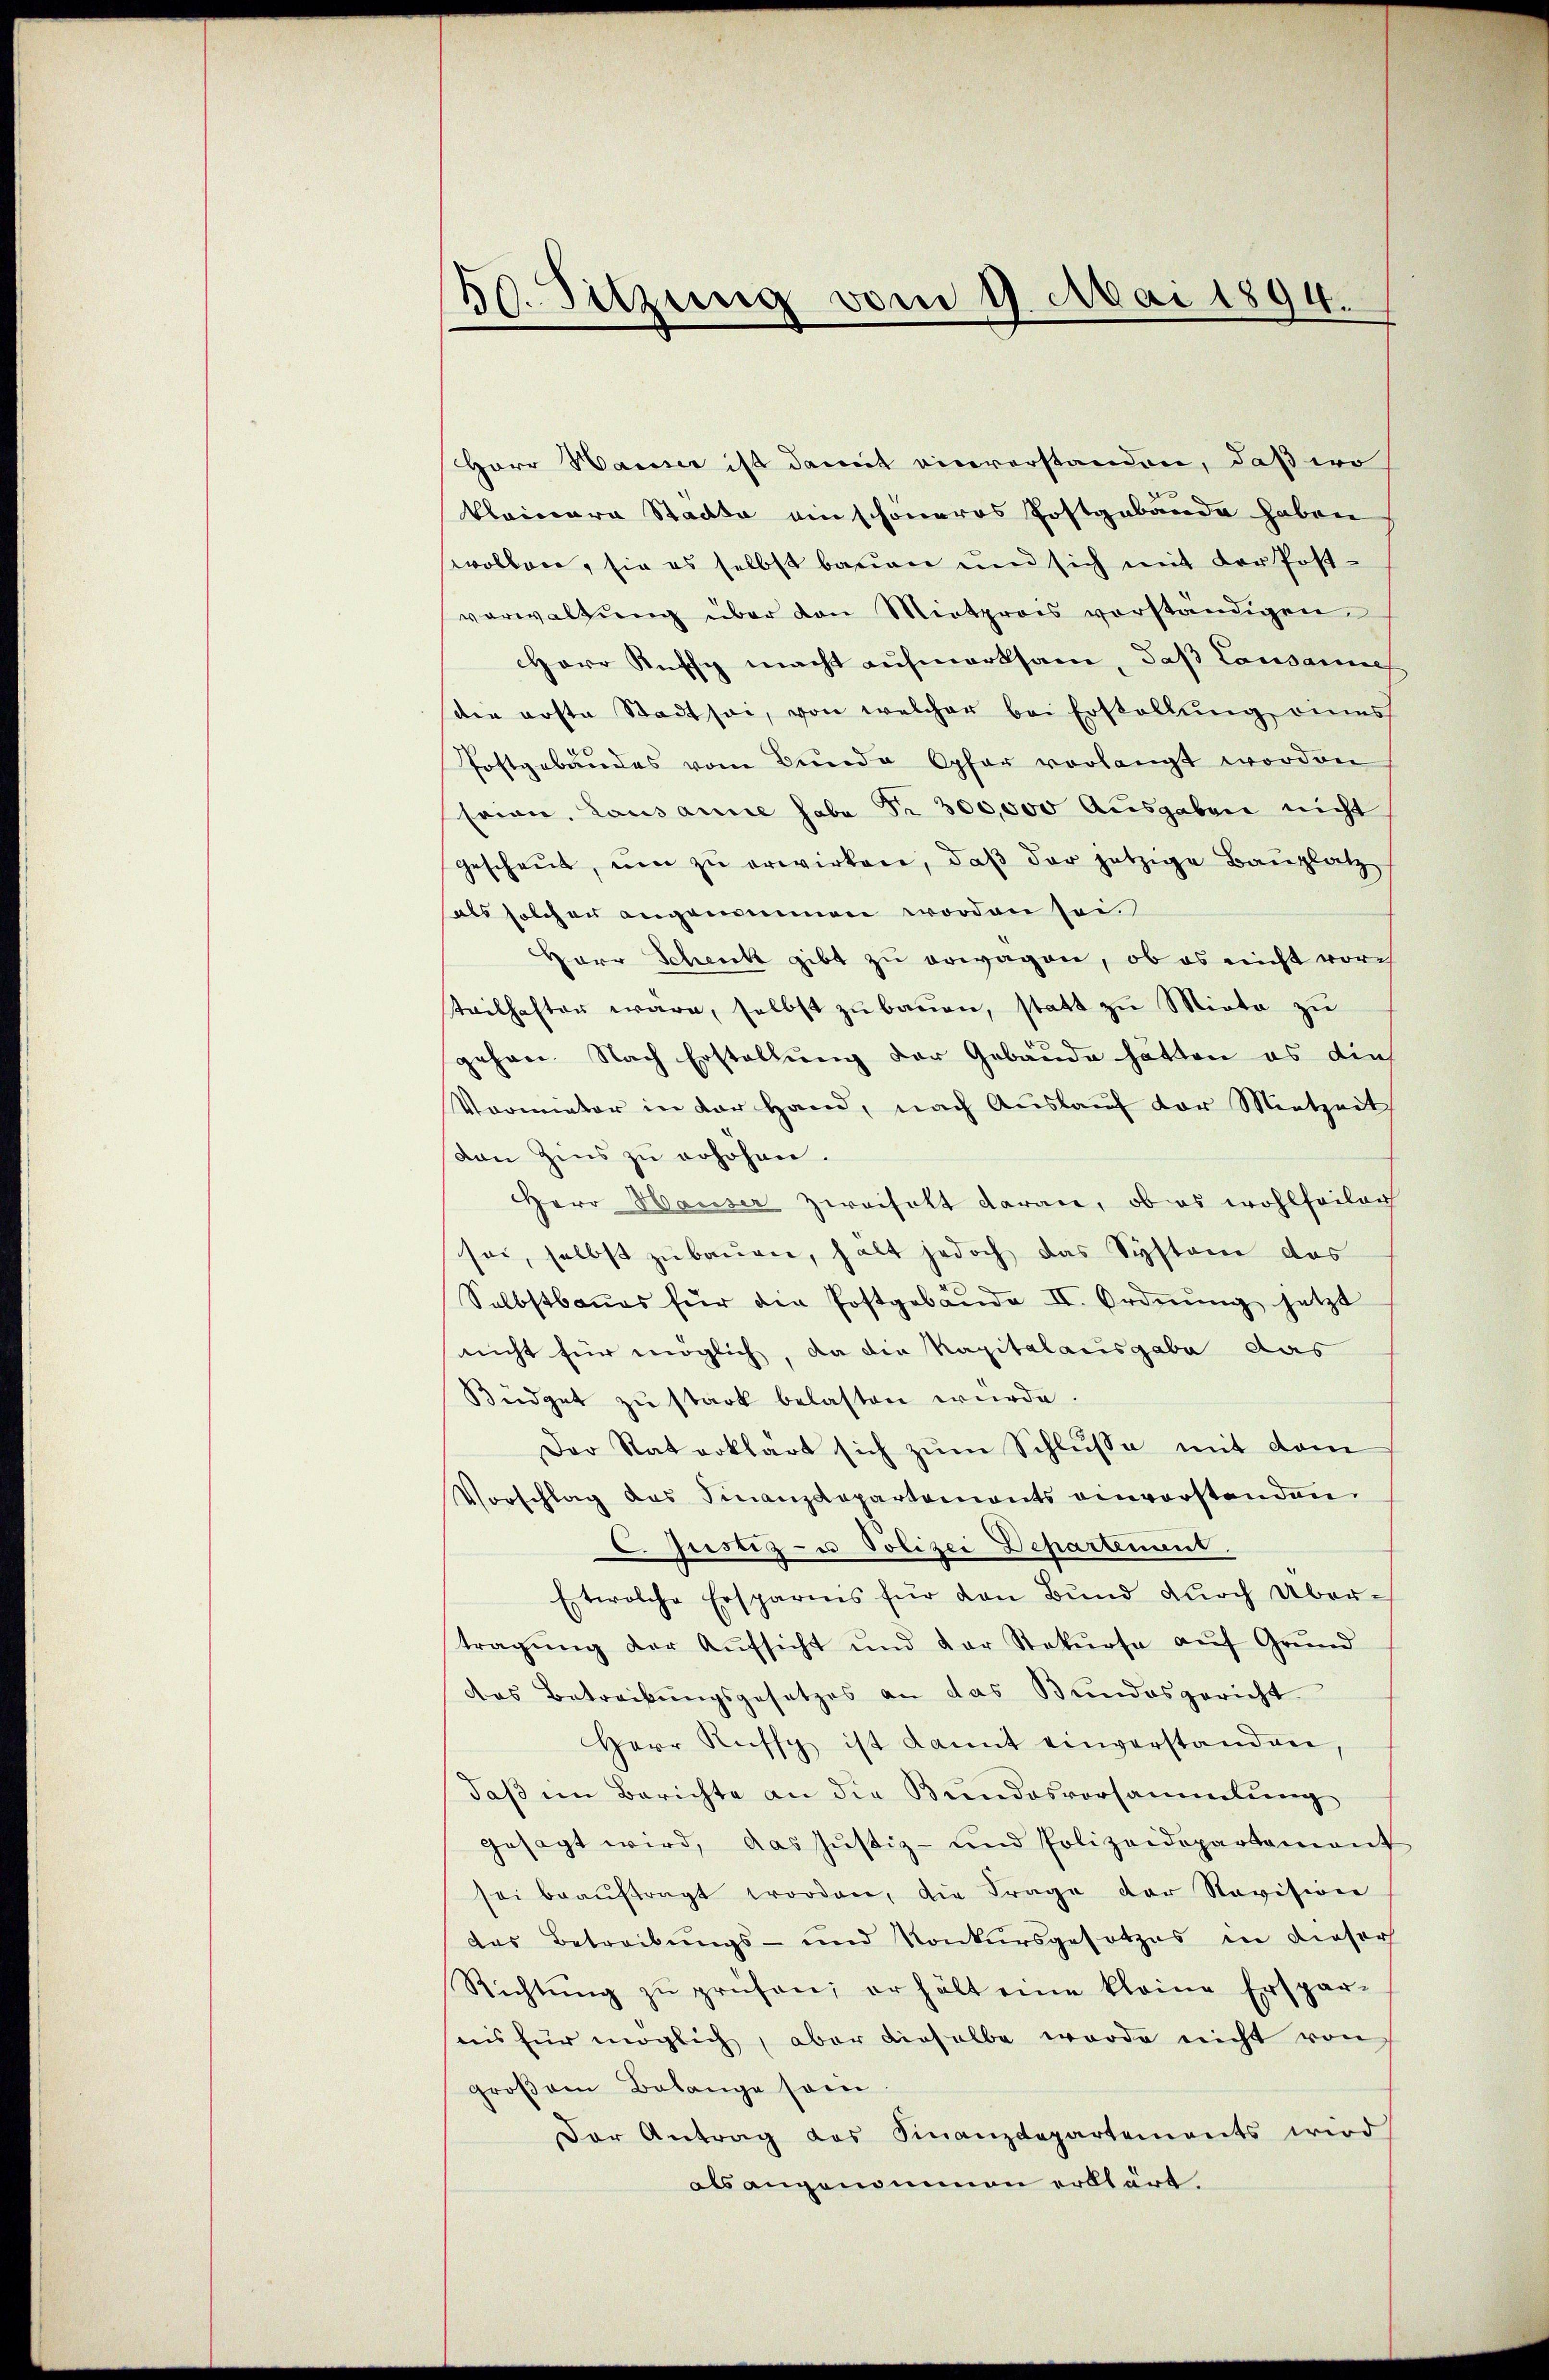
20. Sitzung vom 9. Mai 1894.

HHerr Hauser ist damit einverstanden, daß wo
klainara Stadte ein schoneres Postgabande haben
svollen, sie es selbst bauen und sich mit der Postverwaltŭng über den Mietprois vorständigen
Herr Ruffz macht aufmerksam, daß Lausannes
der erste Stadt sei, von welcher bei Erstellung eines
Postgebäudes vom Bunde Opfer vorlangt worden
Erian, Lausanne habe Fr. 300,000 Ausgaben nicht
geschaŭt, ŭm zŭ erwirken, daβ der jetzige Bauplatz
als solcher angenommen worden sei.
Herr Schenk gibt zu erwagen, ob es nicht vorch
teilhafter wäre, selbst zu bauen, statt zu Miete zu
gehen. Nach Erstellung der Gebäude hätten es dies
Vormieter in der Hand, nach Auslauf der Mietzeit
van Zins zŭ erhöhen.
Herr Hauser Zweifelt daran, ob es wohlfeilen
sei, selbst zu bauen, hält jedoch das Systeme das
Selbstbaues für die Postgebäŭde II. Ordnung jetzt
nicht für möglich, da die Kapitalausgabe das
Büdget zu stark belasten würde.
Der Rat erklärt sich zum Schlusse mit dem
Vorschlag des Finanzdepartements einvorstanden
C. Justiz- u Polizei Departement.
Etwolche Ersparis für den Bund durch Übertragŭng der Aŭfsicht und der Stekŭrsa aŭf Grŭnd
das Betreibungsgesetzes an das Bundesgericht
Herr Rufs ist kannt einverstanden,
daβ im Berichte an die Bundesvorsammlung
gesagt wird, das Jŭstiz- und Polizeidepartament
sei beaŭftragt worden, die Frage der Navision
das Betreibungs- und Konkursgesetzes in dieser
Richtŭng zŭ prüfen, erhält eine kleine Erspar-
nis für möglich, aber dieselbe werde nicht von
großem Belange sein.
Der Antrag des Finanzdepartements wird
als angenommen erklärt.